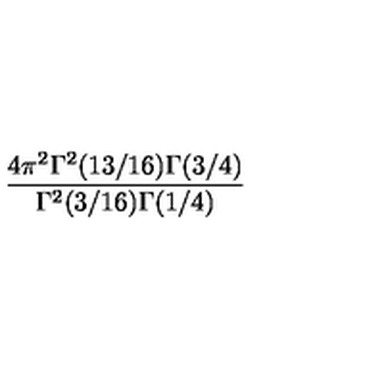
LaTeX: { \frac { 4 \pi ^ { 2 } \Gamma ^ { 2 } ( 1 3 / 1 6 ) \Gamma ( 3 / 4 ) } { \Gamma ^ { 2 } ( 3 / 1 6 ) \Gamma ( 1 / 4 ) } }